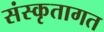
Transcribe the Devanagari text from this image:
संस्कृतागत